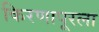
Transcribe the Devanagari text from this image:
किरणापूरला